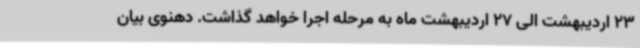
23 اردیبهشت الی 27 اردیبهشت ماه به مرحله اجرا خواهد گذاشت. دهنوی بیان